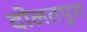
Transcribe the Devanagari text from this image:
दोलतपुरा